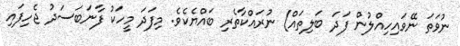
ނުވަތަ ނޭވައިހިއްލުން ފަދަ ބަލިތައް) ނުރައްކާތެރި ބައްޔެކެވެ. މިފަދަ މީހަކު ފާނަބަސަދު ޖެހިފައި